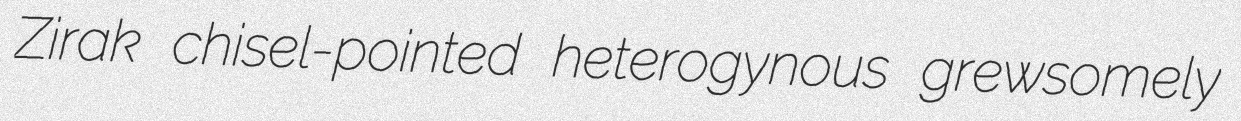
Zirak chisel-pointed heterogynous grewsomely